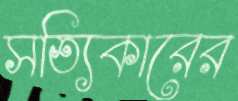
সত্যিকারের